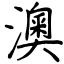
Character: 澳